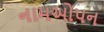
નામઓપન